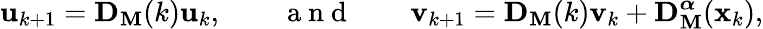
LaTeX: \mathbf{u}_{k+1}=\mathbf{D}_{\mathbf{M}}(k)\mathbf{u}_{k},\qquad\mathrm{~a~n~d~}\qquad\mathbf{v}_{k+1}=\mathbf{D}_{\mathbf{M}}(k)\mathbf{v}_{k}+\mathbf{D}_{\mathbf{M}}^{\boldsymbol{\alpha}}(\mathbf{x}_{k}),